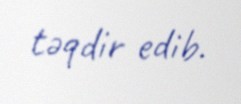
təqdir edib.